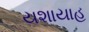
યશાયાહ